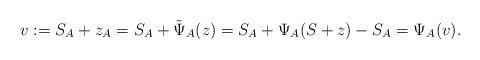
LaTeX: \begin{align*}v:=S_A+z_A=S_A+\tilde{\Psi}_A(z)=S_A+\Psi_A(S+z)-S_A=\Psi_A(v).\end{align*}